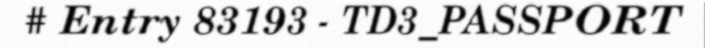
# Entry 83193 - TD3_PASSPORT